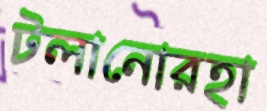
টলানোরহা